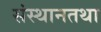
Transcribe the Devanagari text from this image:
संस्थानतथा